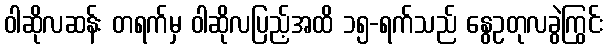
ဝါဆိုလဆန်း တရက်မှ ဝါဆိုလပြည့်အထိ ၁၅-ရက်သည် နွေဥတုလခွဲကြွင်း